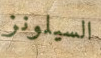
السيلونز